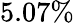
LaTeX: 5.07\%